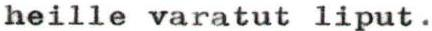
heille varatut liput.